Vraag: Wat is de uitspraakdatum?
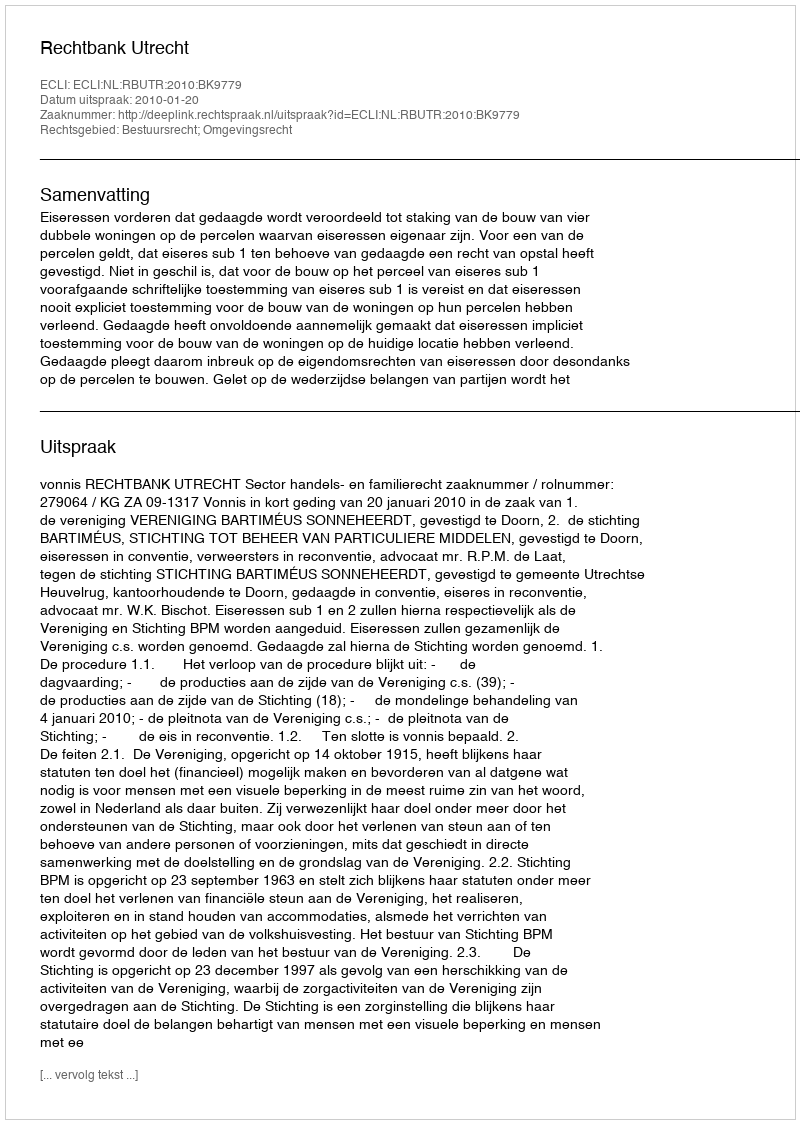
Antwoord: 2010-01-20